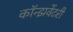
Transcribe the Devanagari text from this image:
कॉन्झर्वेटरी